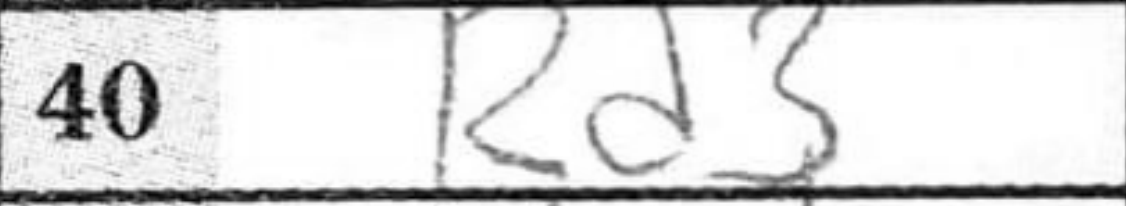
Transcription: Rd3